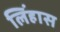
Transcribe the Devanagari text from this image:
लिंहास